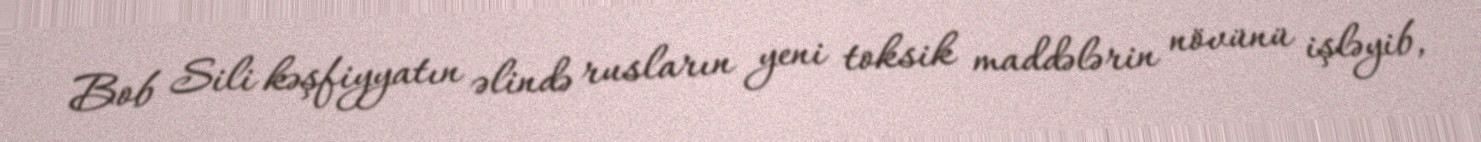
Bob Sili kəşfiyyatın əlində rusların yeni toksik maddələrin növünü işləyib,